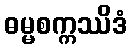
ဓမ္မစက္ကဿိဒံ